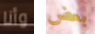
وأنا بعض